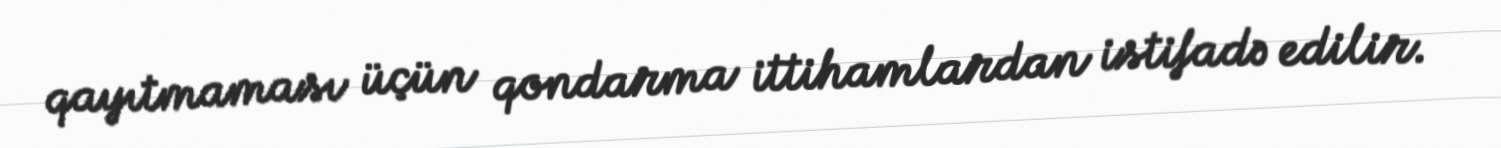
qayıtmaması üçün qondarma ittihamlardan istifadə edilir.